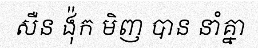
សឺន ង៉ុក មិញ បាន នាំគ្នា